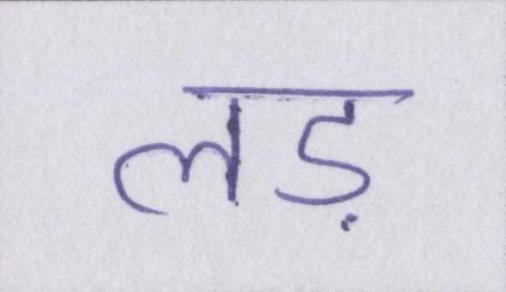
लड़